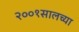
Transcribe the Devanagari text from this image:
२००१सालच्या